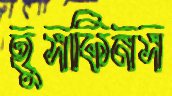
হুসকিনস